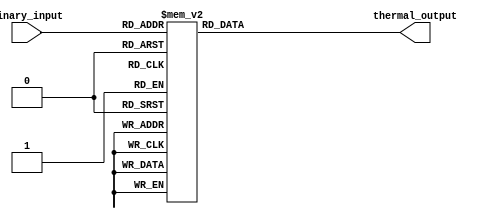
module thermal_encoder (
    input  wire [2:0] binary_input,  // 3-bit binary input
    output reg  [3:0] thermal_output   // 4-bit thermal output (BCD)
);

// Combinational logic for thermal mapping
always @(*) begin
    case (binary_input)
        3'b000: thermal_output = 4'b0000; // 0
        3'b001: thermal_output = 4'b0001; // 1
        3'b010: thermal_output = 4'b0010; // 2
        3'b011: thermal_output = 4'b0011; // 3
        3'b100: thermal_output = 4'b0100; // 4
        3'b101: thermal_output = 4'b0101; // 5
        3'b110: thermal_output = 4'b0110; // 6
        3'b111: thermal_output = 4'b0111; // 7
        default: thermal_output = 4'b0000; // Default case
    endcase
end

endmodule